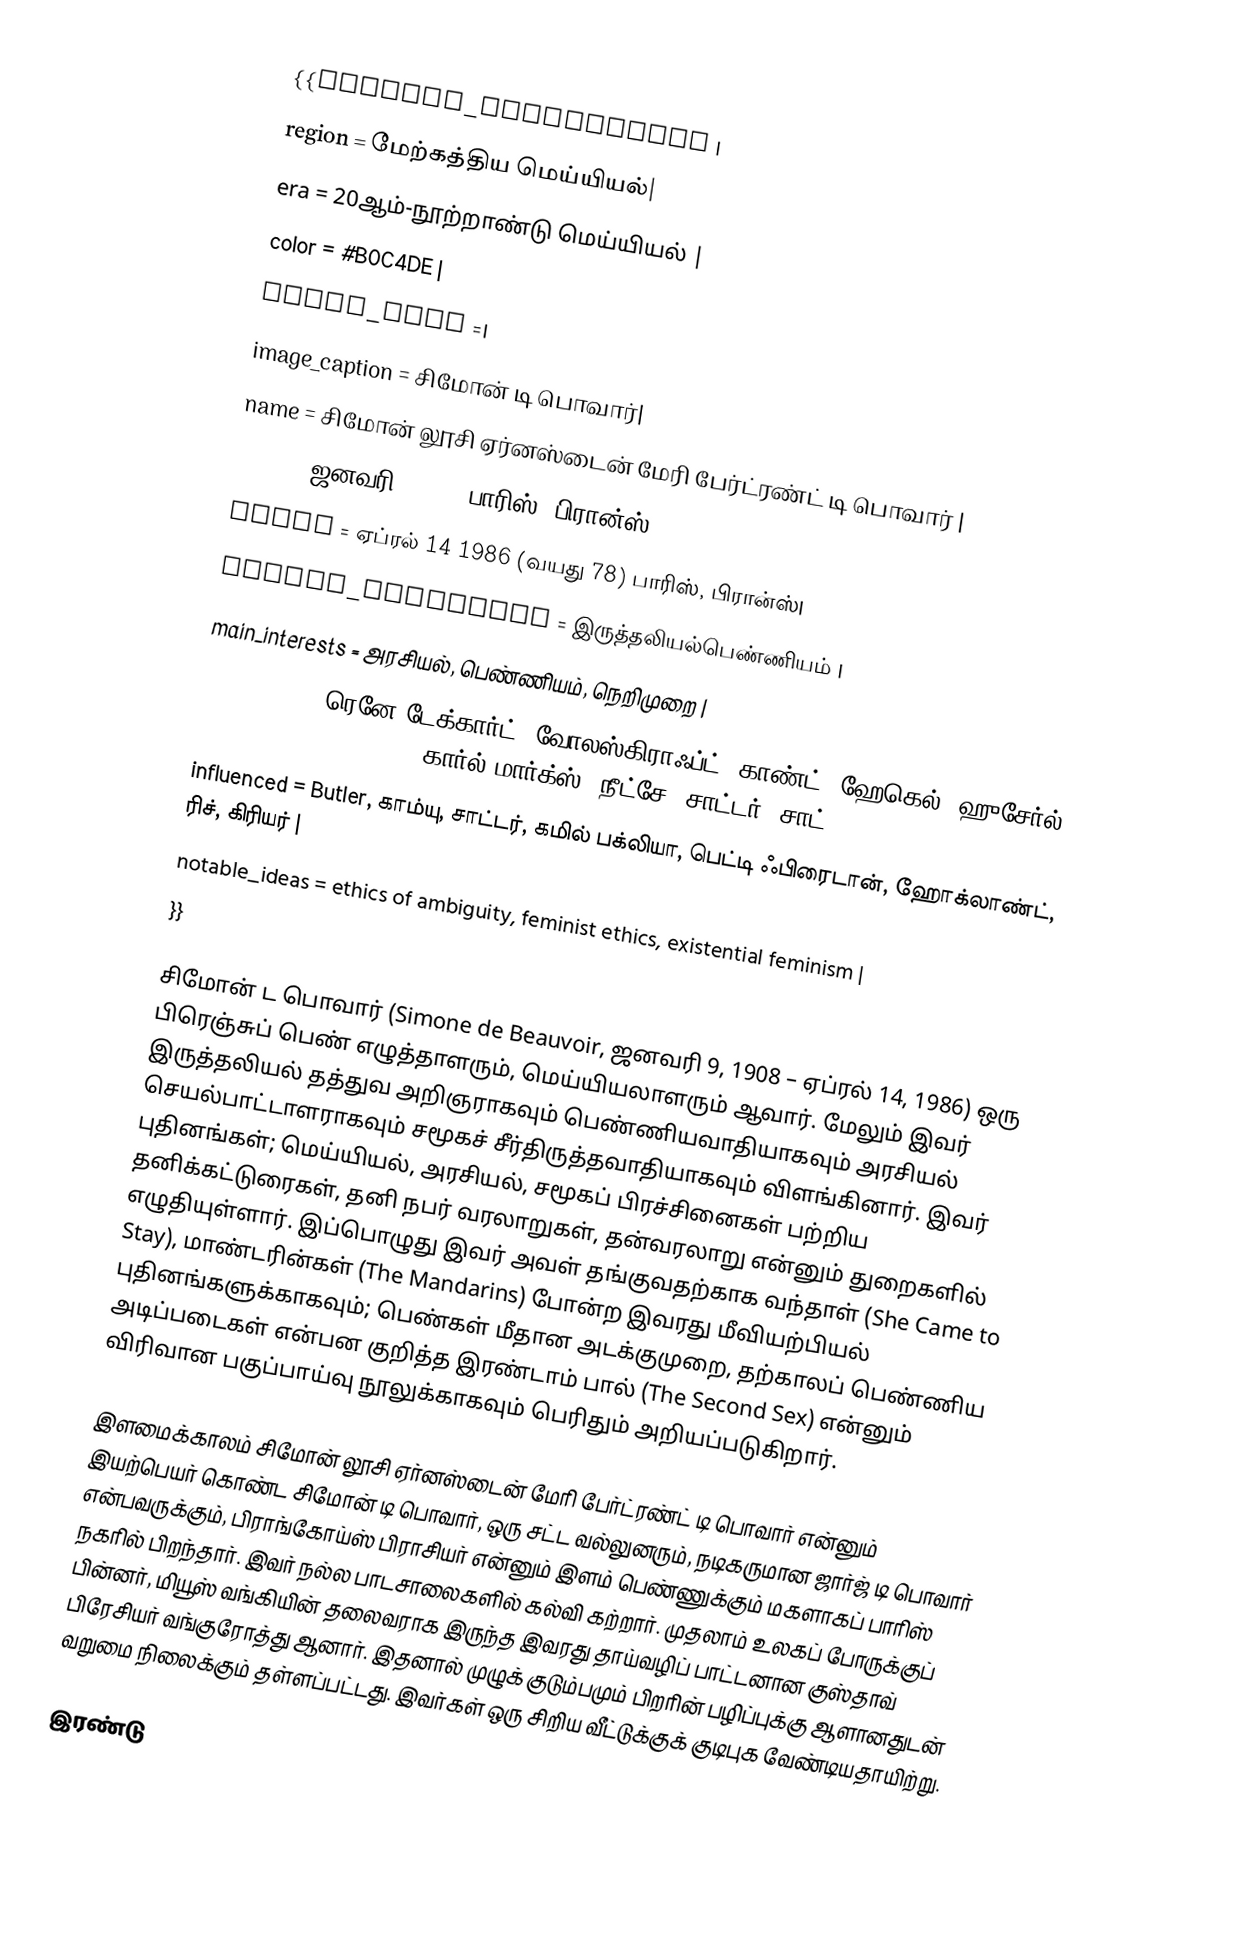
{{Infobox_Philosopher |
 region = மேற்கத்திய மெய்யியல்|
 era = 20ஆம்-நூற்றாண்டு மெய்யியல் |
 color = #B0C4DE |
 image_name =|
 image_caption = சிமோன் டி பொவார்|
 name = சிமோன் லூசி ஏர்னஸ்டைன் மேரி பேர்ட்ரண்ட் டி பொவார் |
 birth = ஜனவரி 9 1908 பாரிஸ், பிரான்ஸ்|
 death = ஏப்ரல் 14 1986 (வயது 78) பாரிஸ், பிரான்ஸ்|
 school_tradition = இருத்தலியல்பெண்ணியம் |
 main_interests = அரசியல், பெண்ணியம், நெறிமுறை |
 influences = ரெனே டேக்கார்ட், வோலஸ்கிராஃப்ட், காண்ட், ஹேகெல், ஹுசேர்ல், Kierkegaard, Heidegger, கார்ல் மார்க்ஸ், நீட்சே, சாட்டர், சாட் |
 influenced = Butler, காம்யு, சாட்டர், கமில் பக்லியா, பெட்டி ஃபிரைடான், ஹோக்லாண்ட், ரிச், கிரியர் |
 notable_ideas = ethics of ambiguity, feminist ethics, existential feminism |
}}

சிமோன் ட பொவார் (Simone de Beauvoir, ஜனவரி 9, 1908 – ஏப்ரல் 14, 1986) ஒரு பிரெஞ்சுப் பெண் எழுத்தாளரும், மெய்யியலாளரும் ஆவார். மேலும் இவர் இருத்தலியல் தத்துவ அறிஞராகவும் பெண்ணியவாதியாகவும் அரசியல் செயல்பாட்டாளராகவும் சமூகச் சீர்திருத்தவாதியாகவும் விளங்கினார். இவர் புதினங்கள்; மெய்யியல், அரசியல், சமூகப் பிரச்சினைகள் பற்றிய தனிக்கட்டுரைகள், தனி நபர் வரலாறுகள், தன்வரலாறு என்னும் துறைகளில் எழுதியுள்ளார். இப்பொழுது இவர் அவள் தங்குவதற்காக வந்தாள் (She Came to Stay), மாண்டரின்கள் (The Mandarins) போன்ற இவரது மீவியற்பியல் புதினங்களுக்காகவும்; பெண்கள் மீதான அடக்குமுறை, தற்காலப் பெண்ணிய அடிப்படைகள் என்பன குறித்த இரண்டாம் பால் (The Second Sex) என்னும் விரிவான பகுப்பாய்வு நூலுக்காகவும் பெரிதும் அறியப்படுகிறார்.

 இளமைக்காலம் சிமோன் லூசி ஏர்னஸ்டைன் மேரி பேர்ட்ரண்ட் டி பொவார் என்னும் இயற்பெயர் கொண்ட சிமோன் டி பொவார், ஒரு சட்ட வல்லுனரும், நடிகருமான ஜார்ஜ் டி பொவார் என்பவருக்கும், பிராங்கோய்ஸ் பிராசியர் என்னும் இளம் பெண்ணுக்கும் மகளாகப் பாரிஸ் நகரில் பிறந்தார். இவர் நல்ல பாடசாலைகளில் கல்வி கற்றார். முதலாம் உலகப் போருக்குப் பின்னர், மியூஸ் வங்கியின் தலைவராக இருந்த இவரது தாய்வழிப் பாட்டனான குஸ்தாவ் பிரேசியர் வங்குரோத்து ஆனார். இதனால் முழுக் குடும்பமும் பிறரின் பழிப்புக்கு ஆளானதுடன் வறுமை நிலைக்கும் தள்ளப்பட்டது. இவர்கள் ஒரு சிறிய வீட்டுக்குக் குடிபுக வேண்டியதாயிற்று.

இரண்டு